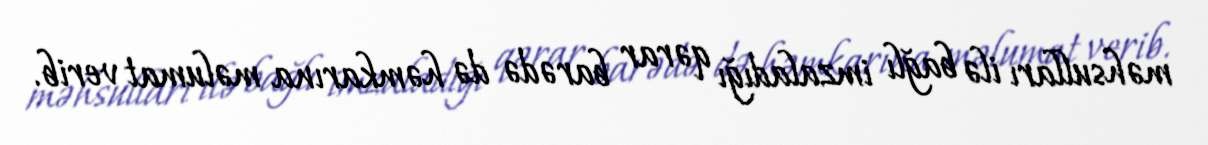
məhsulları ilə bağlı imzaladığı qərar barədə də həmkarına məlumat verib.